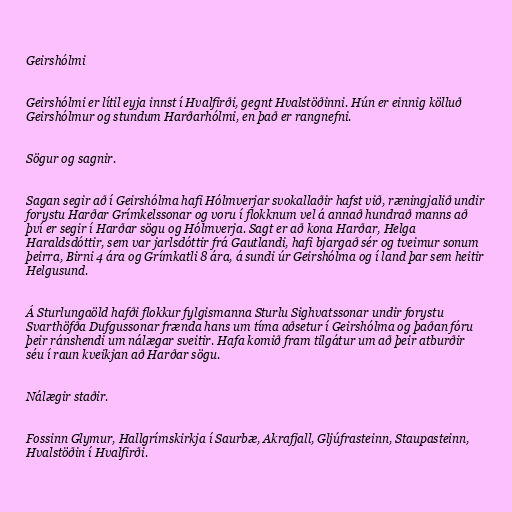
Geirshólmi

Geirshólmi er lítil eyja innst í Hvalfirði, gegnt Hvalstöðinni. Hún er einnig kölluð
Geirshólmur og stundum Harðarhólmi, en það er rangnefni.

Sögur og sagnir.

Sagan segir að í Geirshólma hafi Hólmverjar svokallaðir hafst við, ræningjalið undir
forystu Harðar Grímkelssonar og voru í flokknum vel á annað hundrað manns að
því er segir í Harðar sögu og Hólmverja. Sagt er að kona Harðar, Helga
Haraldsdóttir, sem var jarlsdóttir frá Gautlandi, hafi bjargað sér og tveimur sonum
þeirra, Birni 4 ára og Grímkatli 8 ára, á sundi úr Geirshólma og í land þar sem heitir
Helgusund.

Á Sturlungaöld hafði flokkur fylgismanna Sturlu Sighvatssonar undir forystu
Svarthöfða Dufgussonar frænda hans um tíma aðsetur í Geirshólma og þaðan fóru
þeir ránshendi um nálægar sveitir. Hafa komið fram tilgátur um að þeir atburðir
séu í raun kveikjan að Harðar sögu.

Nálægir staðir.

Fossinn Glymur, Hallgrímskirkja í Saurbæ, Akrafjall, Gljúfrasteinn, Staupasteinn,
Hvalstöðin í Hvalfirði.